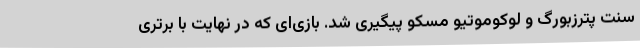
سنت پترزبورگ و لوکوموتیو مسکو پیگیری شد. بازی‌ای که در نهایت با برتری